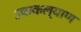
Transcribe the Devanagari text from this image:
उषाकल्याण